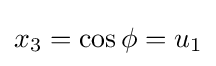
x_{3}=\cos \phi =u_{1}